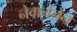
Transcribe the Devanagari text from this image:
नेवानैनेन